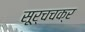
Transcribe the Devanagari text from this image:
सूर्चचक्र